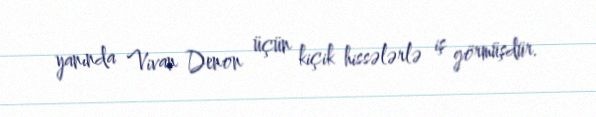
yanında Vivan Denon üçün kiçik hissələrlə iş görmüşdür.